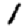
Digit: 1